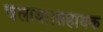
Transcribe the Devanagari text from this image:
चलाया।सहायक